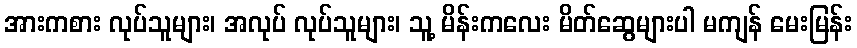
အားကစား လုပ်သူများ၊ အလုပ် လုပ်သူများ၊ သူ့ မိန်းကလေး မိတ်ဆွေများပါ မကျန် မေးမြန်း